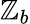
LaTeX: \mathbb{Z}_{b}